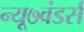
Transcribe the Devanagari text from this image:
न्यू७वंडर्स